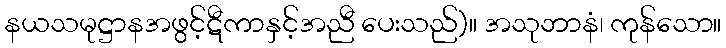
နယသမုဋ္ဌာနအဖွင့်ဋီကာနှင့်အညီ ပေးသည်)။ အသုဘာနံ၊ ကုန်သော။